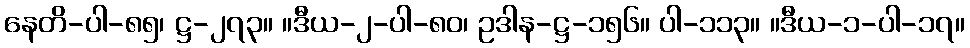
နေတိ-ပါ-၈၅၊ ဋ္ဌ-၂၇၃။ ။ဒီယ-၂-ပါ-၈၀၊ ဥဒါန-ဋ္ဌ-၁၅၆။ ပါ-၁၁၃။ ။ဒီယ-၁-ပါ-၁၇။